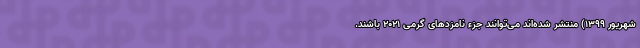
شهریور ۱۳۹۹) منتشر شده‌اند می‌توانند جزء نامزدهای گرمی ۲۰۲۱ باشند.